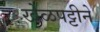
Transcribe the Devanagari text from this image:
खेळपट्टीने